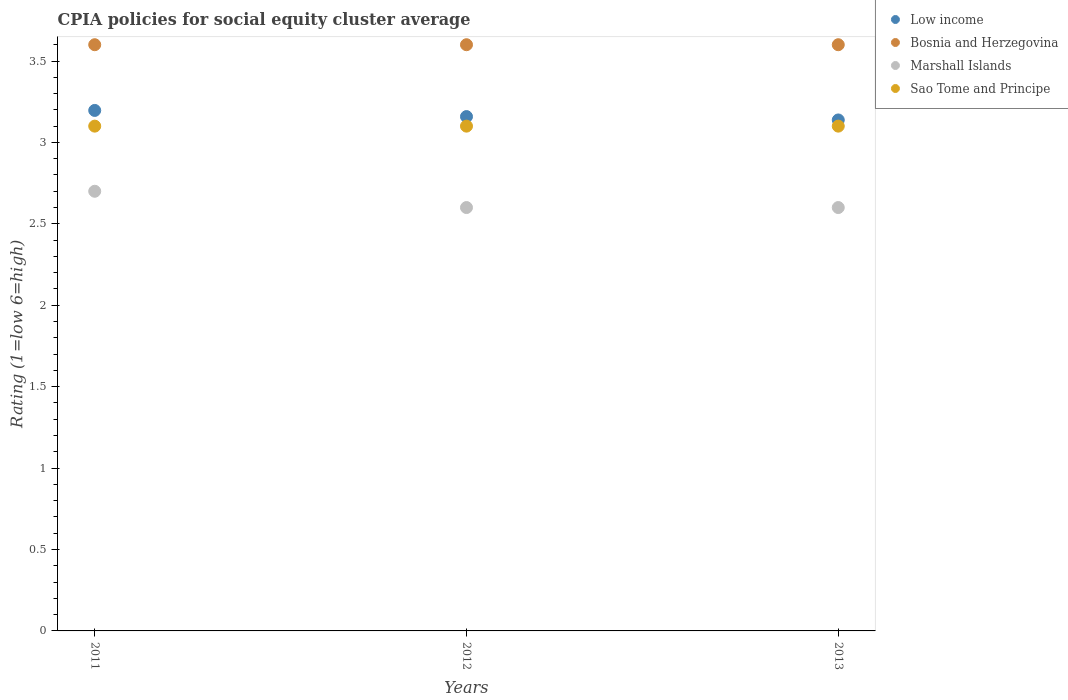
| Years | Low income | Bosnia and Herzegovina | Marshall Islands | Sao Tome and Principe |
 | --- | --- | --- | --- | --- |
 | 2011 | 3.2 | 3.6 | 2.7 | 3.1 |
 | 2012 | 3.16 | 3.6 | 2.6 | 3.1 |
 | 2013 | 3.14 | 3.6 | 2.6 | 3.1 |